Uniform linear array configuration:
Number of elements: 48
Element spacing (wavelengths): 0.75
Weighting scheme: blackman
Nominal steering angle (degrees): -15
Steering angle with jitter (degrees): -15.681
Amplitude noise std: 0.05
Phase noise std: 0.05

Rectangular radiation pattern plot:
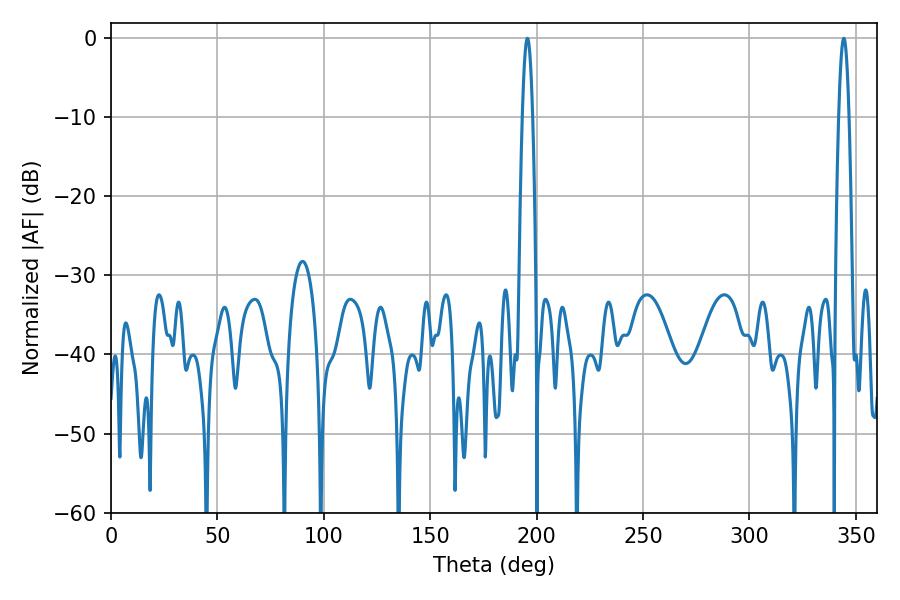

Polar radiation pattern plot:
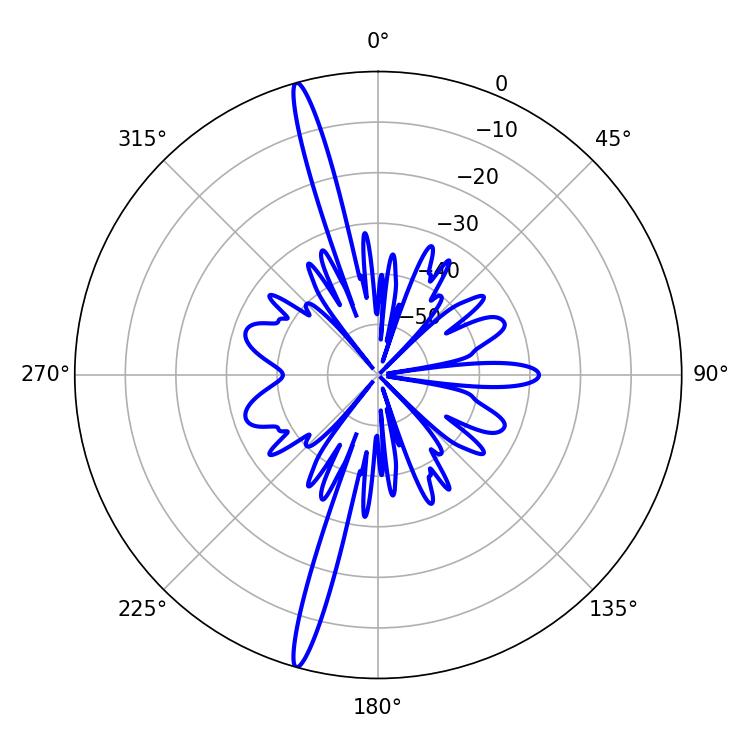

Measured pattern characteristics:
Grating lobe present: TRUE
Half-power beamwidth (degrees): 2.52
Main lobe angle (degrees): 195.66